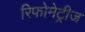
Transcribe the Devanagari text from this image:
रिफोमेट्रीज